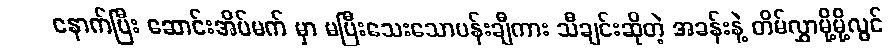
နောက်ပြီး ဆောင်းအိပ်မက် မှာ မပြီးသေးသောပန်းချီကား သီချင်းဆိုတဲ့ အခန်းနဲ့ တိမ်လွှာမို့မို့လွင်